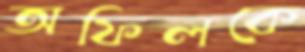
অফিলকে